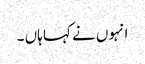
انہوں نے کہا ہاں ۔